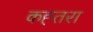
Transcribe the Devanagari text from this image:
कह्तरा